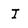
Character: I